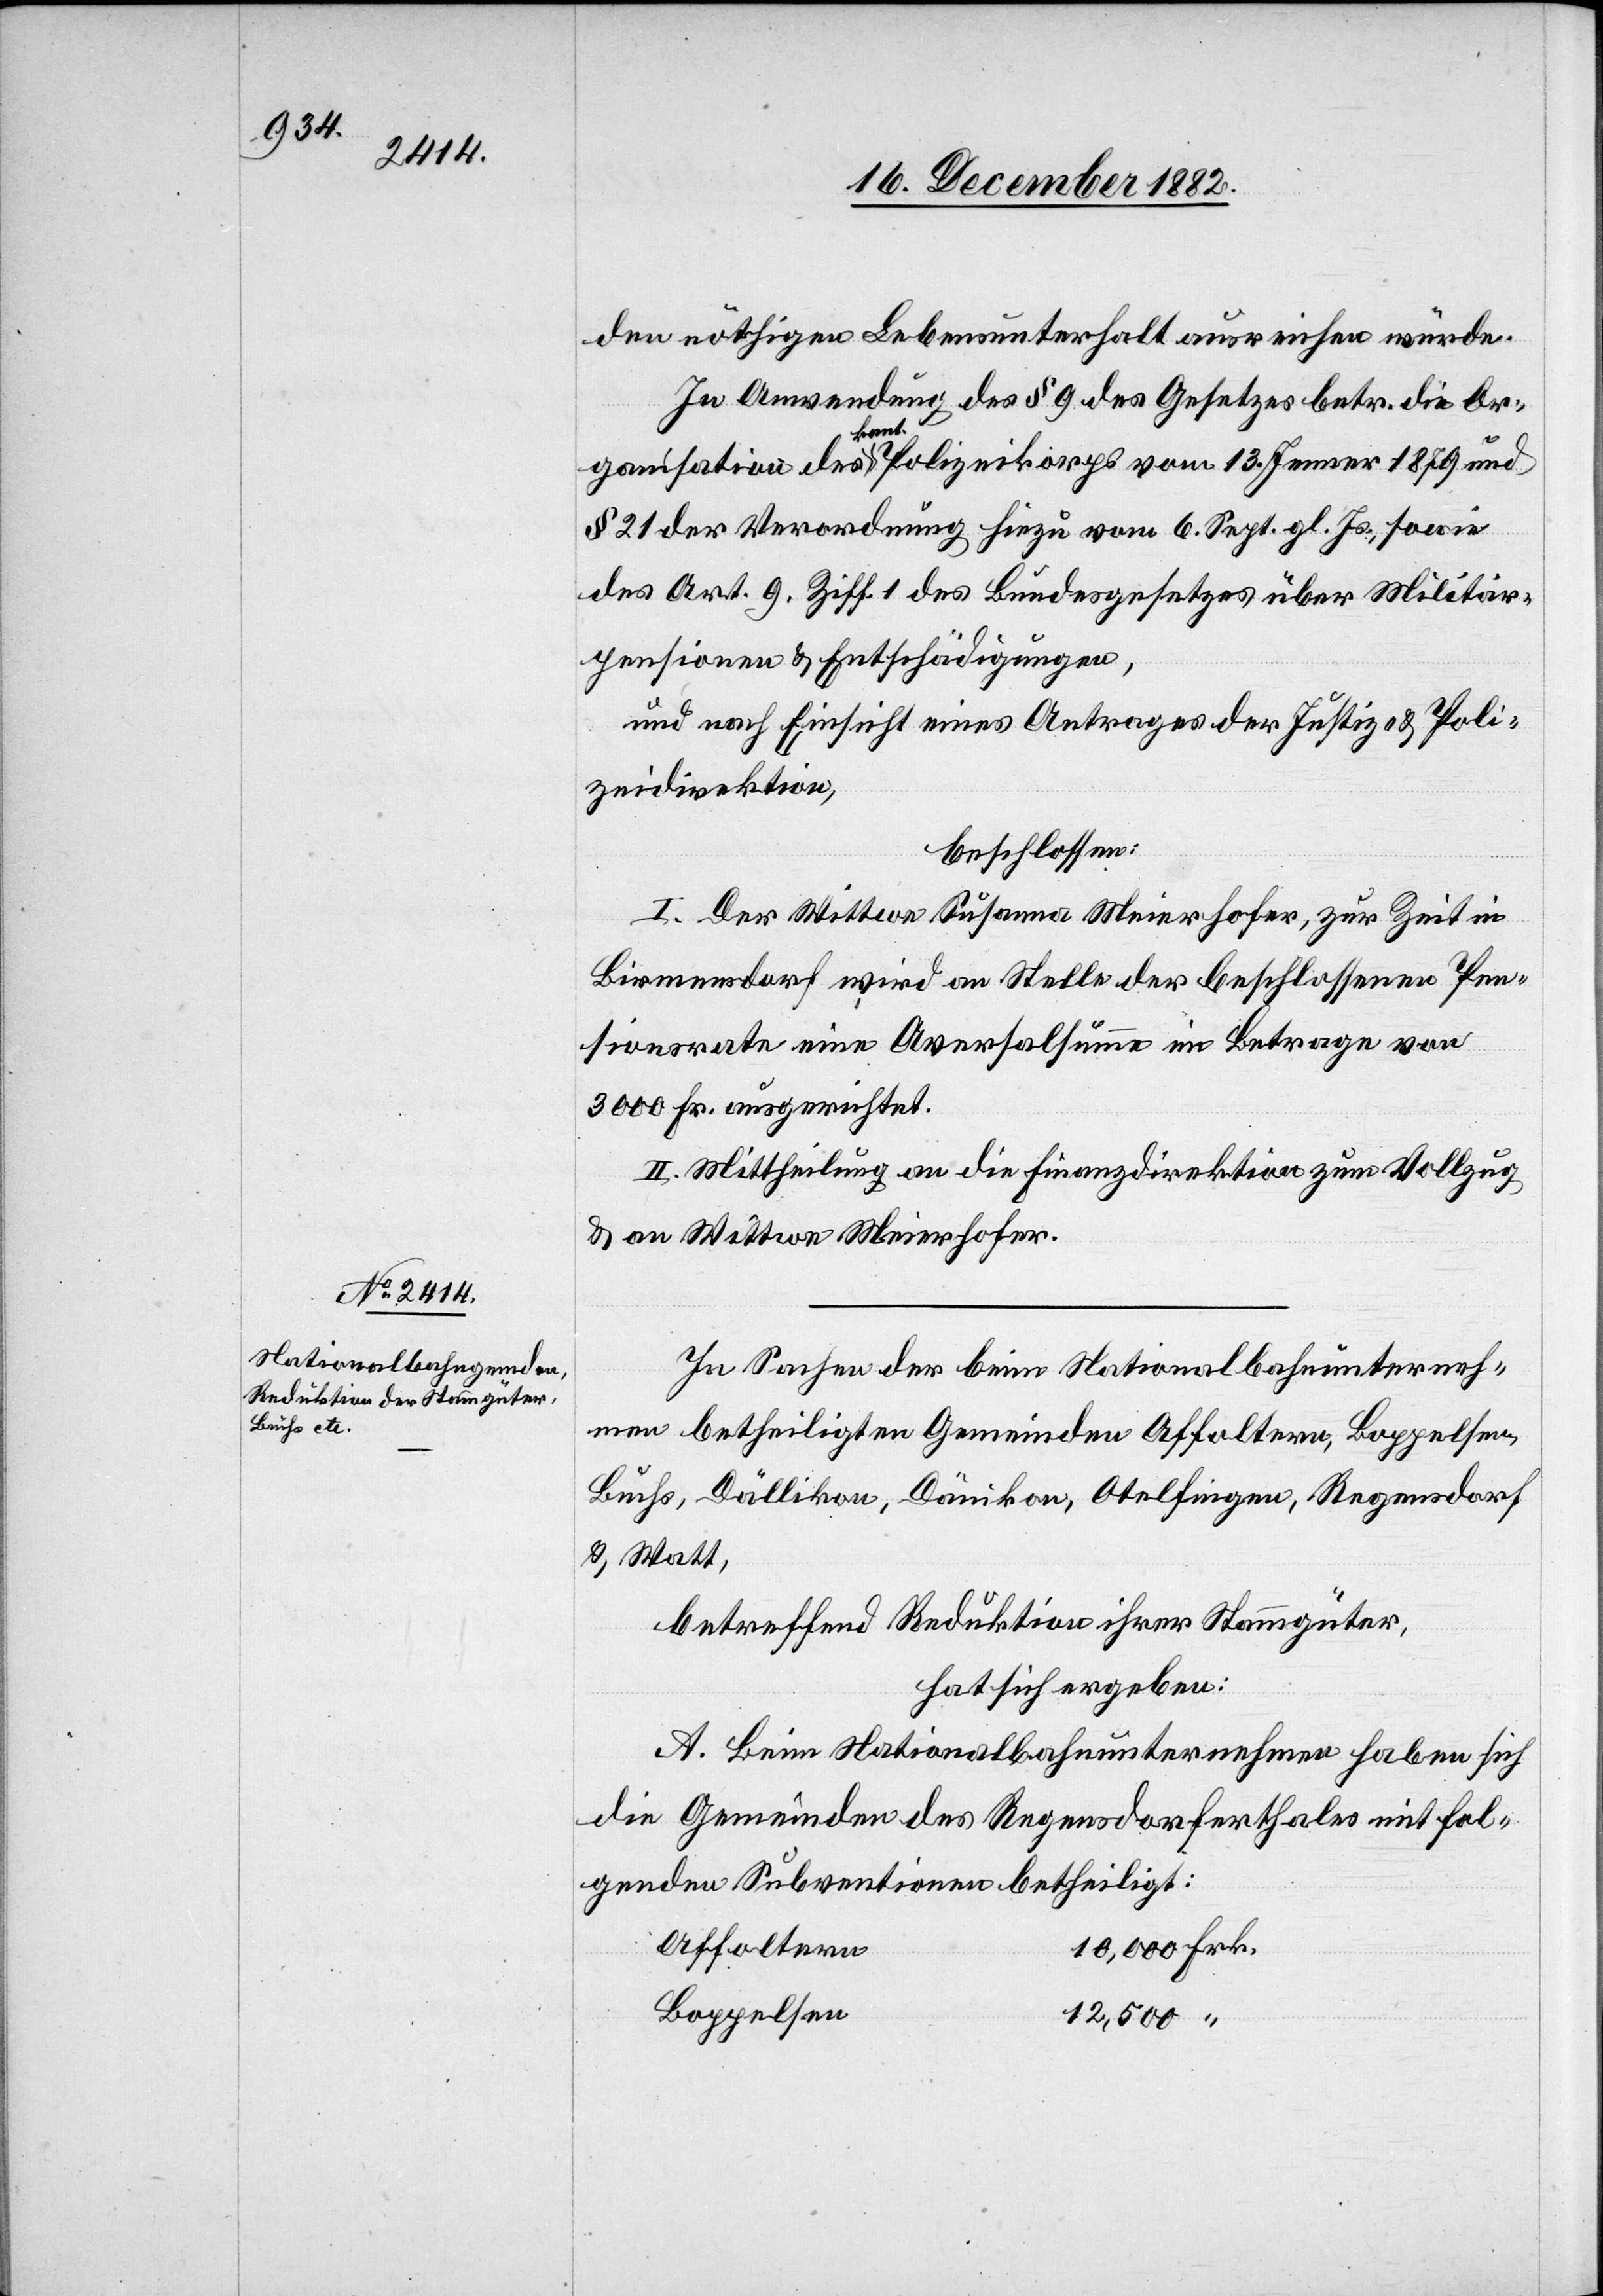
den nöthigen Lebensunterhalt ausreichen würde.
In Anwendung des § 9 des Gesetzes betr. die Or¬
ganisation des kant. Polizeikorps vom 13. Jenner 1879 und
§ 21 der Verordnung hierzu vom 6. Sept. gl. Js., sowie
des Art. 9 Ziff. 1 des Bundesgesetzes über Militär¬
pensionen & Entschädigungen,
und nach Einsicht eines Antrages der Justiz- & Poli¬
zeidirektion,
beschlossen:
I. Der Wittwe Susanna Meierhofer, zur Zeit in
Birmensdorf wird an Stelle der beschlossenen Pen¬
sionsrate eine Aversalsumme im Betrage von
3000 Fr. ausgerichtet.
II. Mittheilung an die Finanzdirektion zum Vollzug
& an Wittwe Meierhofer.
In Sachen der beim Nationalbahnunterneh¬
men betheiligten Gemeinden Affoltern, Boppelsen,
Buchs, Dällikon, Dänikon, Otelfingen, Regensdorf
& Watt,
betreffend Reduktion ihrer Stammgüter,
hat sich ergeben:
A. Beim Nationalbahnunternehmen haben sich
die Gemeinden des Regensdorferthales mit fol¬
genden Subventionen betheiligt:
Affoltern
Boppelsen
12,500